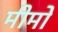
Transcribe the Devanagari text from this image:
मीमो